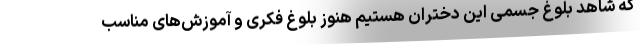
که شاهد بلوغ جسمی این دختران هستیم هنوز بلوغ فکری و آموزش‌های مناسب